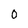
Character: 0